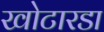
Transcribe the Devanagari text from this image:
खोटारडा